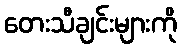
တေးသီချင်းများကို